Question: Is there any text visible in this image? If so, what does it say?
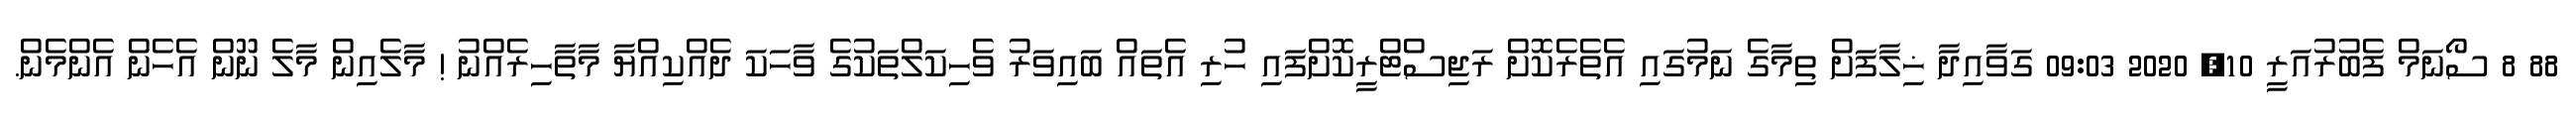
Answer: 88 8 ސޯނަމް ފެބުރުއަރީ 10, 2020 09:03 ގަވާއިދާ ޚިލާފަށް ތިމާގެ ނަމުގައި އެތެރެކޮށް ރަޖިސްޓްރީކޮށްފައި ހުރި އެތައް ބައިވަރު ވެހިކަލްތަކުގެ ވާހަކަ ދެއްކިއްޔާ މާތާހިރެއްނު ! މާލެއިން މާލެ ނޫން އެހެން އެންމެން.